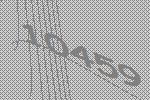
10459